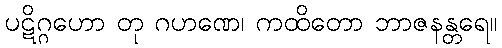
ပဋိဂ္ဂဟော တု ဂဟဏေ၊ ကထိတော ဘာဇနန္တရေ။